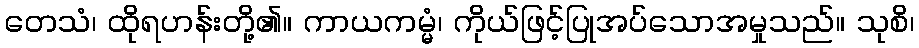
တေသံ၊ ထိုရဟန်းတို့၏။ ကာယကမ္မံ၊ ကိုယ်ဖြင့်ပြုအပ်သောအမှုသည်။ သုစိ၊